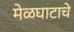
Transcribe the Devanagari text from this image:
मेळघाटाचे